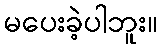
မပေးခဲ့ပါဘူး။